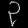
Digit: ၃